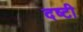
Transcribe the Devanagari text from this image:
दष्टी